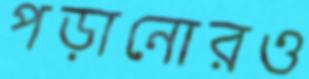
পড়ানোরও